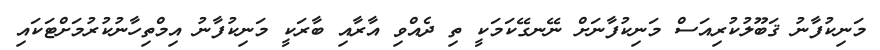
މަނިކުފާނު ޤަބޫލުކުރިއަސް މަނިކުފާނަށް ނޭނގޭކަމަކީ ތި ދެއްވި އާރާއި ބާރަކީ މަނިކުފާނު އިމްތިހާނުކުރުމަށްޓަކައި